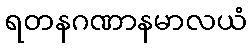
ရတနဂဏာနမာလယံ